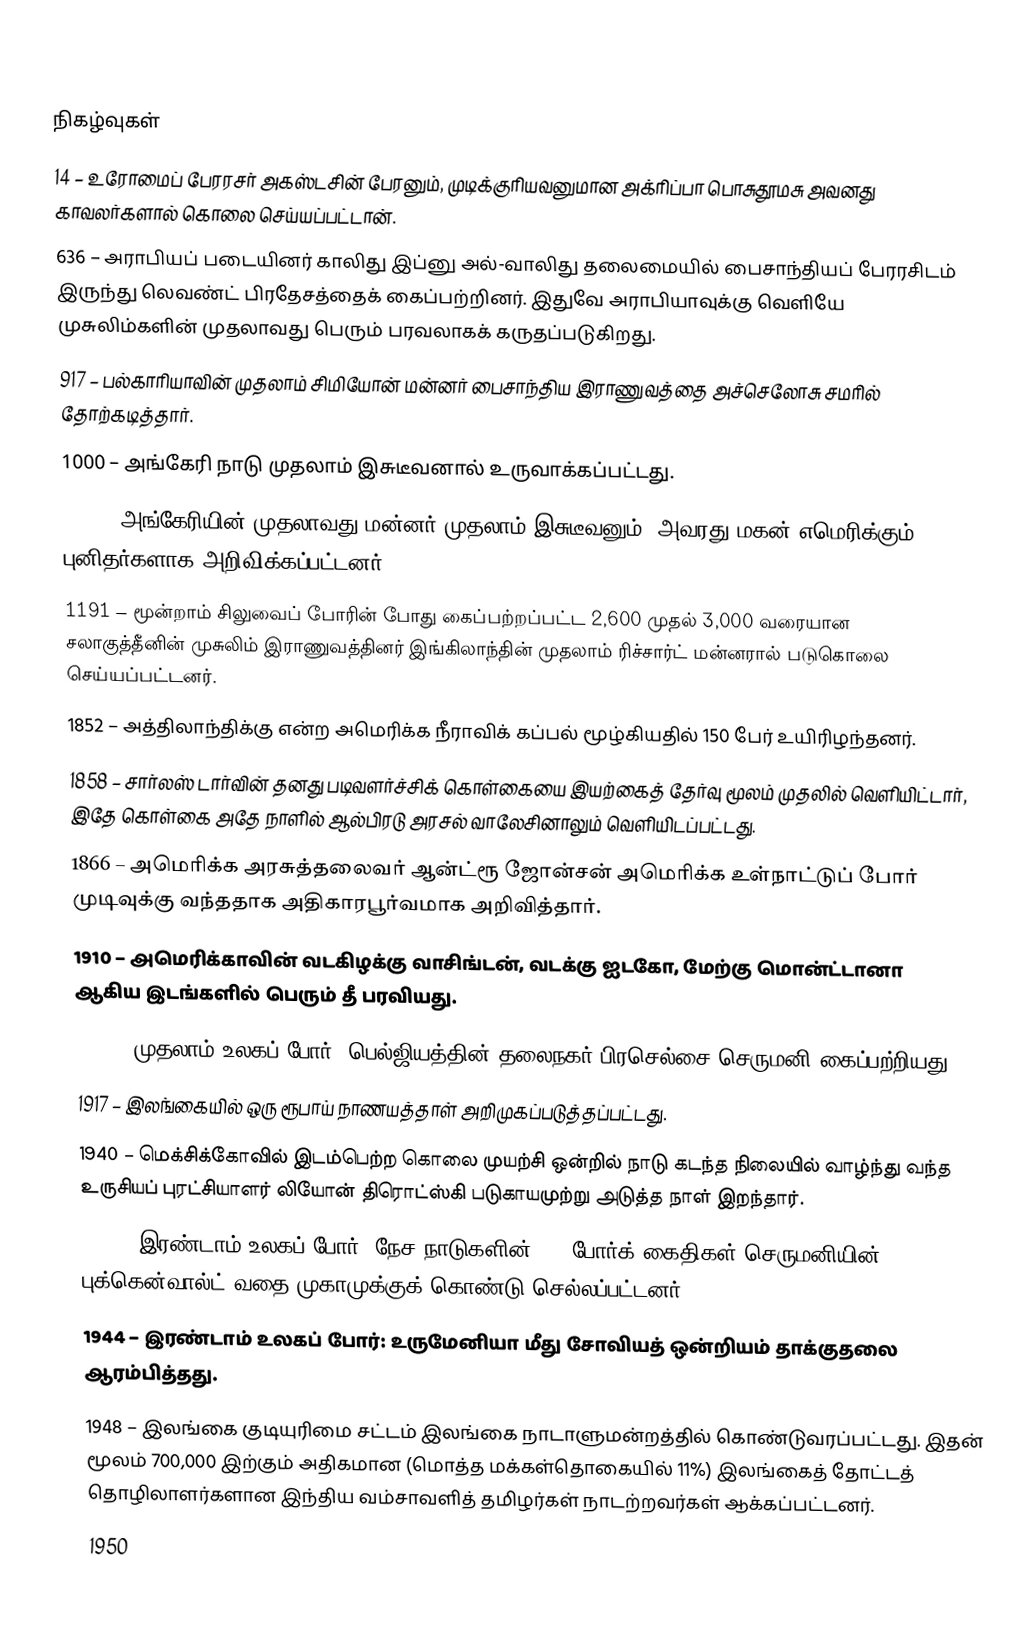

நிகழ்வுகள்
14 – உரோமைப் பேரரசர் அகஸ்டசின் பேரனும், முடிக்குரியவனுமான அக்ரிப்பா பொசுதூமசு அவனது காவலர்களால் கொலை செய்யப்பட்டான்.
636 – அராபியப் படையினர் காலிது இப்னு அல்-வாலிது தலைமையில் பைசாந்தியப் பேரரசிடம் இருந்து லெவண்ட் பிரதேசத்தைக் கைப்பற்றினர். இதுவே அராபியாவுக்கு வெளியே முசுலிம்களின் முதலாவது பெரும் பரவலாகக் கருதப்படுகிறது.
917 – பல்காரியாவின் முதலாம் சிமியோன் மன்னர் பைசாந்திய இராணுவத்தை அச்செலோசு சமரில் தோற்கடித்தார்.
1000 – அங்கேரி நாடு முதலாம் இசுடீவனால் உருவாக்கப்பட்டது.
1083 – அங்கேரியின் முதலாவது மன்னர் முதலாம் இசுடீவனும், அவரது மகன் எமெரிக்கும் புனிதர்களாக அறிவிக்கப்பட்டனர்.
1191 – மூன்றாம் சிலுவைப் போரின் போது கைப்பற்றப்பட்ட 2,600 முதல் 3,000 வரையான சலாகுத்தீனின் முசுலிம் இராணுவத்தினர் இங்கிலாந்தின் முதலாம் ரிச்சார்ட் மன்னரால் படுகொலை செய்யப்பட்டனர்.
1852 – அத்திலாந்திக்கு என்ற அமெரிக்க நீராவிக் கப்பல் மூழ்கியதில் 150 பேர் உயிரிழந்தனர்.
1858 – சார்லஸ் டார்வின் தனது படிவளர்ச்சிக் கொள்கையை இயற்கைத் தேர்வு மூலம் முதலில் வெளியிட்டார், இதே கொள்கை அதே நாளில் ஆல்பிரடு அரசல் வாலேசினாலும் வெளியிடப்பட்டது.
1866 – அமெரிக்க அரசுத்தலைவர் ஆன்ட்ரூ ஜோன்சன் அமெரிக்க உள்நாட்டுப் போர் முடிவுக்கு வந்ததாக அதிகாரபூர்வமாக அறிவித்தார்.
1910 – அமெரிக்காவின் வடகிழக்கு வாசிங்டன், வடக்கு ஐடகோ, மேற்கு மொன்ட்டானா ஆகிய இடங்களில் பெரும் தீ பரவியது.
1914 – முதலாம் உலகப் போர்: பெல்ஜியத்தின் தலைநகர் பிரசெல்சை செருமனி கைப்பற்றியது.
1917 – இலங்கையில் ஒரு ரூபாய் நாணயத்தாள் அறிமுகப்படுத்தப்பட்டது.
1940 – மெக்சிக்கோவில் இடம்பெற்ற கொலை முயற்சி ஒன்றில் நாடு கடந்த நிலையில் வாழ்ந்து வந்த உருசியப் புரட்சியாளர் லியோன் திரொட்ஸ்கி படுகாயமுற்று அடுத்த நாள் இறந்தார்.
1944 – இரண்டாம் உலகப் போர்: நேச நாடுகளின் 168 போர்க் கைதிகள் செருமனியின் புக்கென்வால்ட் வதை முகாமுக்குக் கொண்டு செல்லப்பட்டனர்.
1944 – இரண்டாம் உலகப் போர்: உருமேனியா மீது சோவியத் ஒன்றியம் தாக்குதலை ஆரம்பித்தது.
1948 – இலங்கை குடியுரிமை சட்டம் இலங்கை நாடாளுமன்றத்தில் கொண்டுவரப்பட்டது. இதன் மூலம் 700,000 இற்கும் அதிகமான (மொத்த மக்கள்தொகையில் 11%) இலங்கைத் தோட்டத் தொழிலாளர்களான இந்திய வம்சாவளித் தமிழர்கள் நாடற்றவர்கள் ஆக்கப்பட்டனர்.
1950